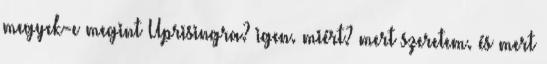
megyek-e megint Uprisingra? igen. miért? mert szeretem. és mert